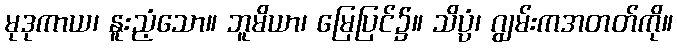
မုဒုကာယ၊ နူးညံ့သော။ ဘူမိယာ၊ မြေပြင်၌။ သိပ္ပံ၊ ဂျွမ်းကအတတ်ကို။